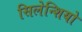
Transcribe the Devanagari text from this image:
सिलेन्शियो